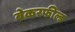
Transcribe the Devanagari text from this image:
बेकरफील्ड